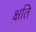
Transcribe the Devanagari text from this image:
क्षति